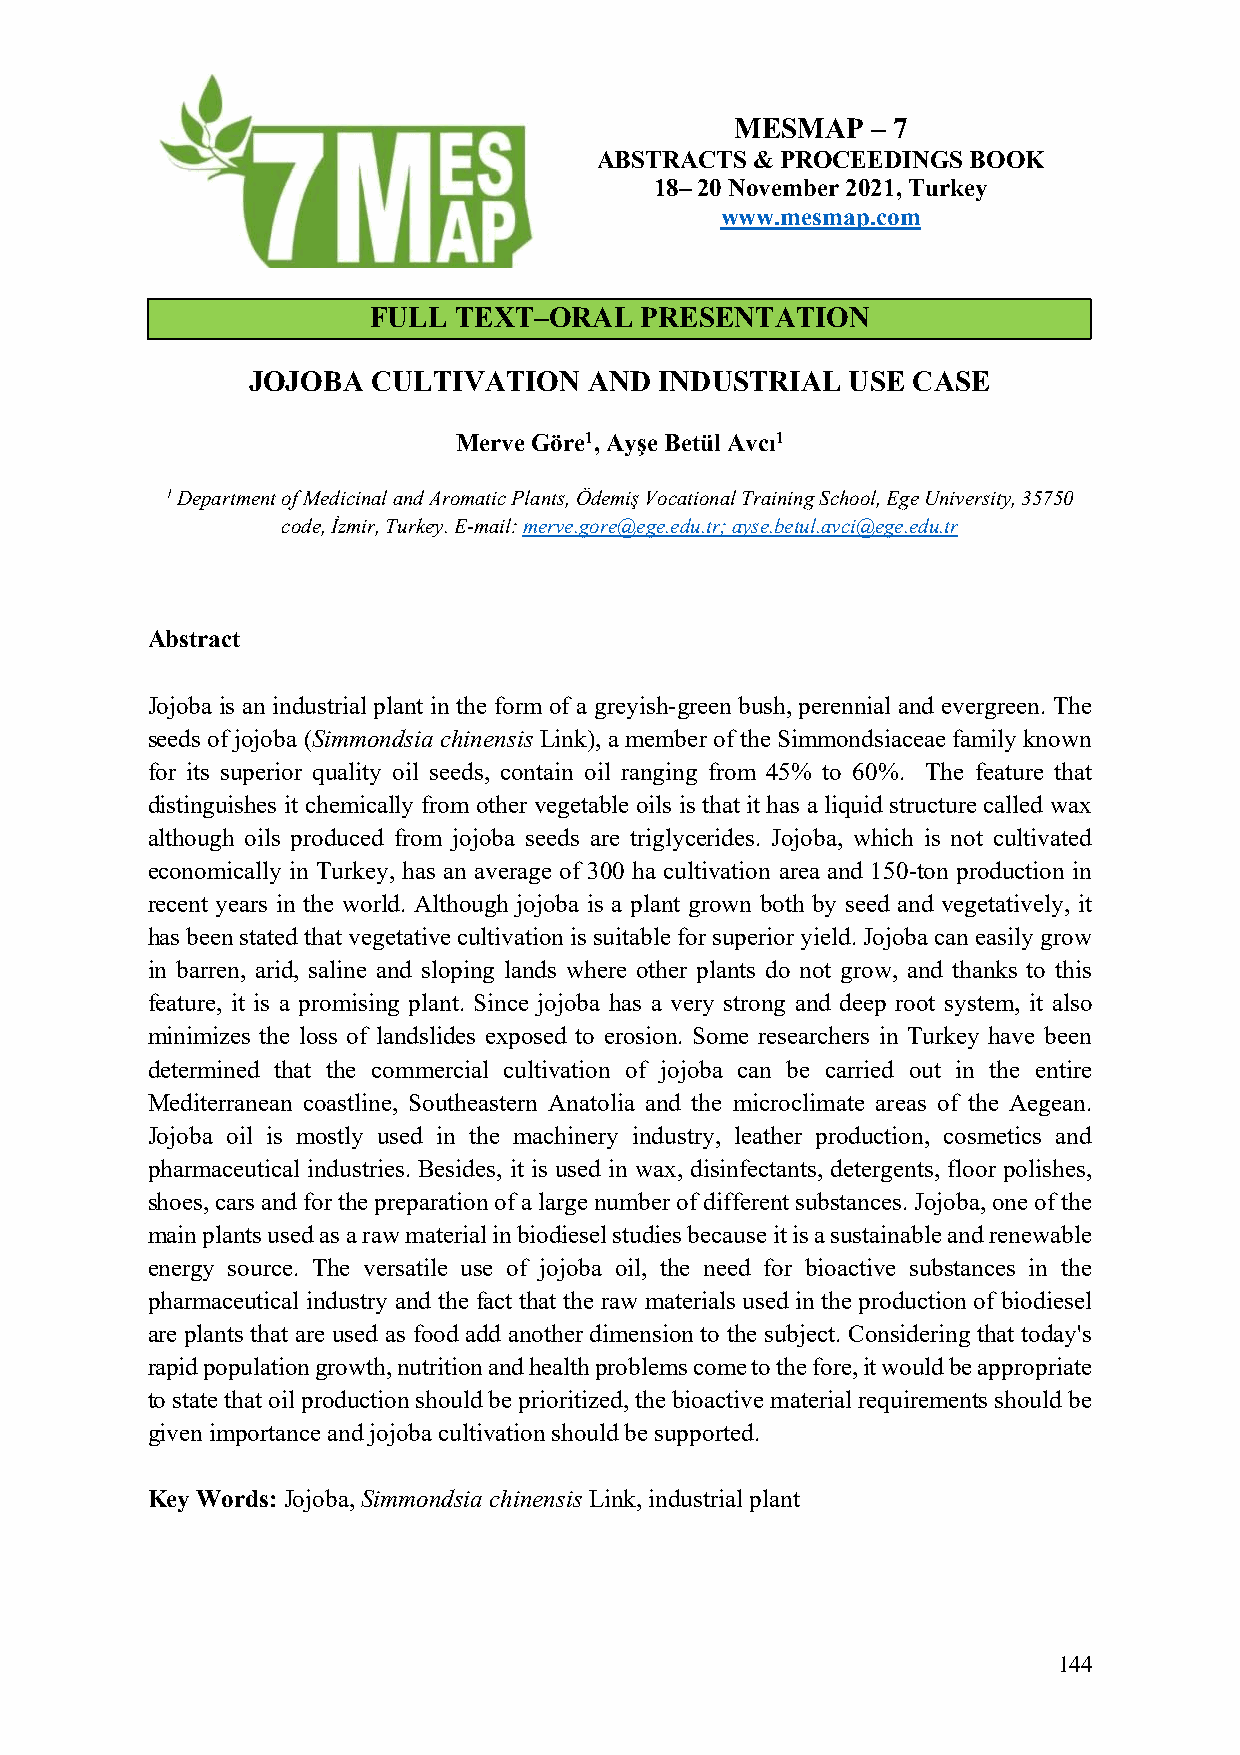
MESMAP   – 7
 ABSTRACTS  & PROCEEDINGS BOOK
 18– 20 November 2021, Turkey
 www.mesmap.com
 FULL  TEXT–ORAL   PRESENTATION
 JOJOBA   CULTIVATION   AND  INDUSTRIAL  USE CASE
 Merve Göre1, Ayşe Betül Avcı1
 1 Department of Medicinal and Aromatic Plants, Ödemiş Vocational Training School, Ege University, 35750
 code, İzmir, Turkey. E-mail: merve.gore@ege.edu.tr; ayse.betul.avci@ege.edu.tr
 Abstract
 Jojoba is an industrial plant in the form of a greyish-green bush, perennial and evergreen. The
 seeds of jojoba (Simmondsia chinensis Link), a member of the Simmondsiaceae family known
 for its superior quality oil seeds, contain oil ranging from 45% to 60%. The feature that
 distinguishes it chemically from other vegetable oils is that it has a liquid structure called wax
 although oils produced from jojoba seeds are triglycerides. Jojoba, which is not cultivated
 economically in Turkey, has an average of 300 ha cultivation area and 150-ton production in
 recent years in the world. Although jojoba is a plant grown both by seed and vegetatively, it
 has been stated that vegetative cultivation is suitable for superior yield. Jojoba can easily grow
 in barren, arid, saline and sloping lands where other plants do not grow, and thanks to this
 feature, it is a promising plant. Since jojoba has a very strong and deep root system, it also
 minimizes the loss of landslides exposed to erosion. Some researchers in Turkey have been
 determined that the commercial cultivation of jojoba can be carried out in the entire
 Mediterranean coastline, Southeastern Anatolia and the microclimate areas of the Aegean.
 Jojoba oil is mostly used in the machinery industry, leather production, cosmetics and
 pharmaceutical industries. Besides, it is used in wax, disinfectants, detergents, floor polishes,
 shoes, cars and for the preparation of a large number of different substances. Jojoba, one of the
 main plants used as a raw material in biodiesel studies because it is a sustainable and renewable
 energy source. The versatile use of jojoba oil, the need for bioactive substances in the
 pharmaceutical industry and the fact that the raw materials used in the production of biodiesel
 are plants that are used as food add another dimension to the subject. Considering that today's
 rapid population growth, nutrition and health problems come to the fore, it would be appropriate
 to state that oil production should be prioritized, the bioactive material requirements should be
 given importance and jojoba cultivation should be supported.
 Key Words: Jojoba, Simmondsia chinensis Link, industrial plant
 144